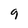
Character: 9